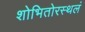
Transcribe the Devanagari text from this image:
शोभितोरस्थलं